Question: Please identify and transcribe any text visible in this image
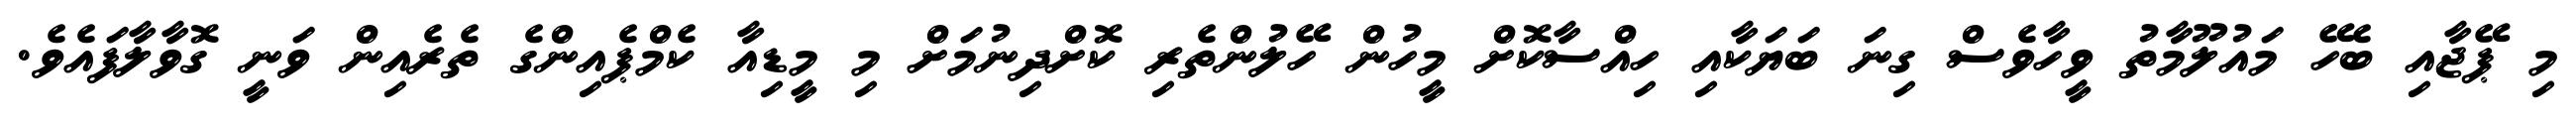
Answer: މި ޕޭޖާއި ބެހޭ މައުލޫމާތު ވީހާވެސް ގިނަ ބަޔަކާއި ހިއްސާކޮށް މީހުން ހޭލުންތެރި ކޮށްދިނުމަށް މި މީޑިއާ ކެމްޕެއިންގެ ތެރެއިން ވަނީ ގޮވާލާފައެވެ.